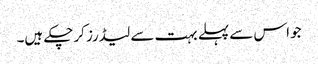
جو اس سے پہلے بہت سے لیڈرز کرچکے ہیں۔